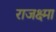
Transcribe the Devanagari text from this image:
राजक्ष्मा